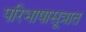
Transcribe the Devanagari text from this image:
परिभाषासूत्रात